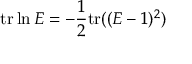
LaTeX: \mathrm { t r } \ln E = - \frac { 1 } { 2 } \mathrm { t r } ( ( E - 1 ) ^ { 2 } )